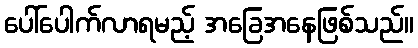
ပေါ်ပေါက်လာရမည့် အခြေအနေဖြစ်သည်။